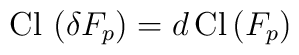
{\rm Cl} \, \left( \delta F_p \right) = d \, {\rm Cl}\left( F_p \right)